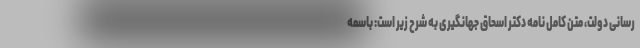
رسانی دولت، متن کامل نامه دکتر اسحاق جهانگیری به شرح زیر است: باسمه